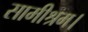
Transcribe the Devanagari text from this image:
सामीश्रम।